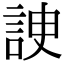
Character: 䛕